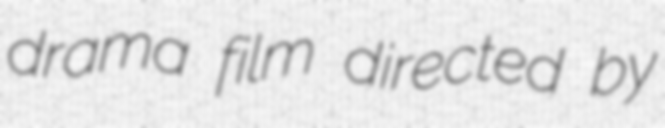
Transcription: drama film directed by